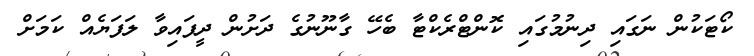
ކޯޓަކުން ނަގައި ދިނުމުގައި ކޮންޓްރެކްޓާ ބެހޭ ގާނޫނުގެ ދަށުން ދީފައިވާ ލަފަޔެއް ކަމަށް